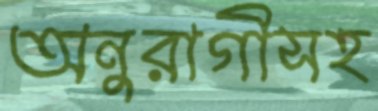
অনুরাগীসহ